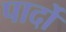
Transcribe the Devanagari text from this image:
पार्दो